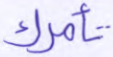
تأمرك